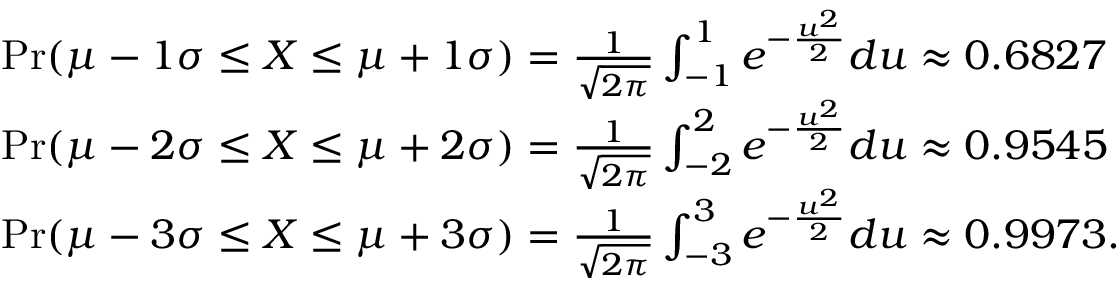
{ \begin{array} { r l } & { \operatorname* { P r } ( \mu - 1 \sigma \leq X \leq \mu + 1 \sigma ) = { \frac { 1 } { \sqrt { 2 \pi } } } \int _ { - 1 } ^ { 1 } e ^ { - { \frac { u ^ { 2 } } { 2 } } } d u \approx 0 . 6 8 2 7 } \\ & { \operatorname* { P r } ( \mu - 2 \sigma \leq X \leq \mu + 2 \sigma ) = { \frac { 1 } { \sqrt { 2 \pi } } } \int _ { - 2 } ^ { 2 } e ^ { - { \frac { u ^ { 2 } } { 2 } } } d u \approx 0 . 9 5 4 5 } \\ & { \operatorname* { P r } ( \mu - 3 \sigma \leq X \leq \mu + 3 \sigma ) = { \frac { 1 } { \sqrt { 2 \pi } } } \int _ { - 3 } ^ { 3 } e ^ { - { \frac { u ^ { 2 } } { 2 } } } d u \approx 0 . 9 9 7 3 . } \end{array} }